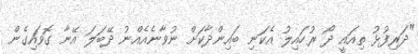
"ދަރިފުޅު ތިއައީ ދޯ ރުހައިލު އެކަނި ބައިންދާކަށް ނުވާނެއެއްނު ދޭބަލަ އޭނާ ގޮވައިގެން